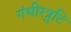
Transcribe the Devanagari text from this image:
गंभीरत्रुटि